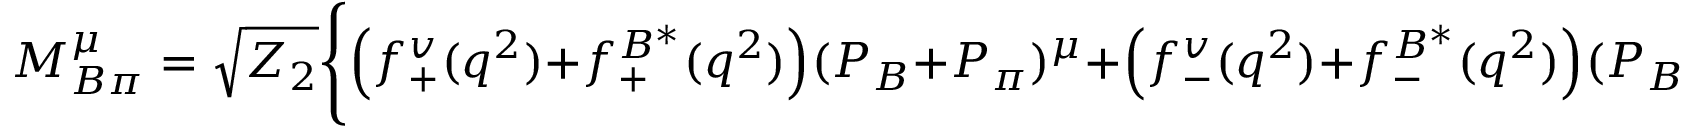
M _ { B \pi } ^ { \mu } = \sqrt { Z _ { 2 } } \Bigg \{ \Big ( f _ { + } ^ { v } ( q ^ { 2 } ) + f _ { + } ^ { B ^ { * } } ( q ^ { 2 } ) \Big ) ( P _ { B } + P _ { \pi } ) ^ { \mu } + \Big ( f _ { - } ^ { v } ( q ^ { 2 } ) + f _ { - } ^ { B ^ { * } } ( q ^ { 2 } ) \Big ) ( P _ { B } - P _ { \pi } ) ^ { \mu } \Bigg \} ,